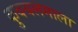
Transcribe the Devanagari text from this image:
कुवयलमाला